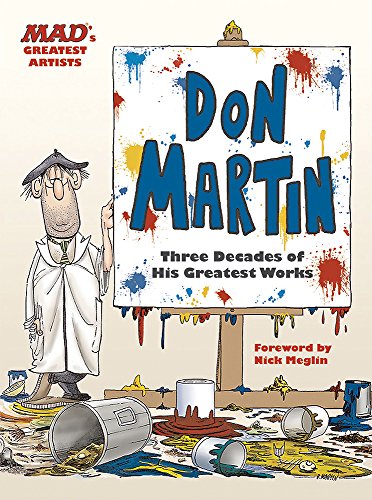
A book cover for MAD's Greatest Artists: Don Martin: Three Decades of His Greatest Works; Don Martin; Comics & Graphic Novels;